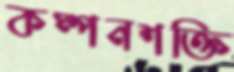
কম্পনশক্তি